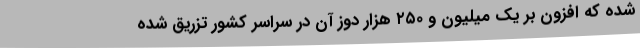
شده که افزون بر یک میلیون و ۲۵۰ هزار دوز آن در سراسر کشور تزریق شده